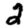
Digit: 2